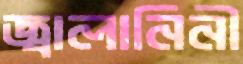
জ্বালানিনী